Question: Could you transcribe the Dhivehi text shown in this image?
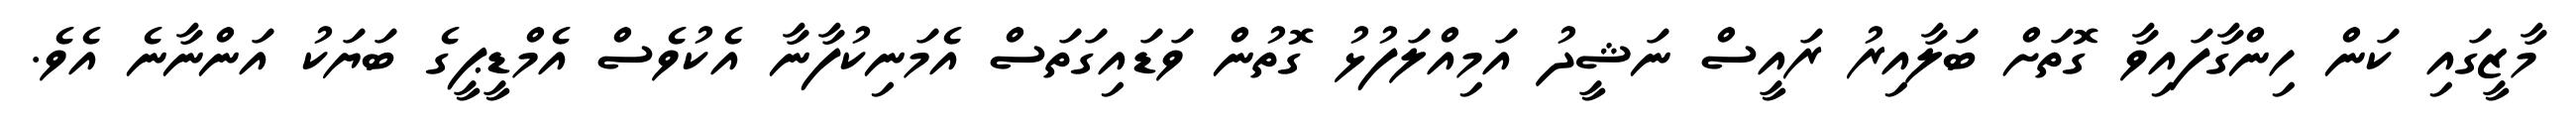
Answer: މާޒީގައި ކަން ހިންގާފައިވާ ގޮތަށް ބަލާއިރު ރައީސް ނަޝީދު އަމިއްލަފުޅު ގޮތުން ވަޑައިގަތަސް އެމަނިކުފާނާ އެކުވެސް އެމްޑީޕީގެ ބަޔަކު އަންނާނެ އެވެ.